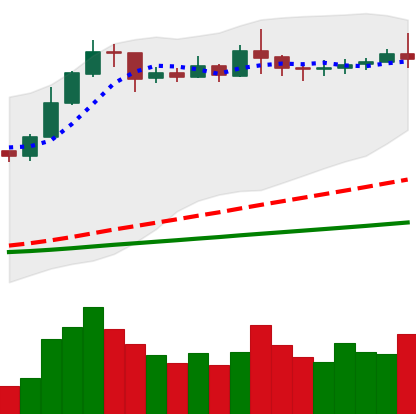
Ticker: ETC-USD
Chart end date: 2020-02-13
Forward return: -18.433%
Label: down_7plus